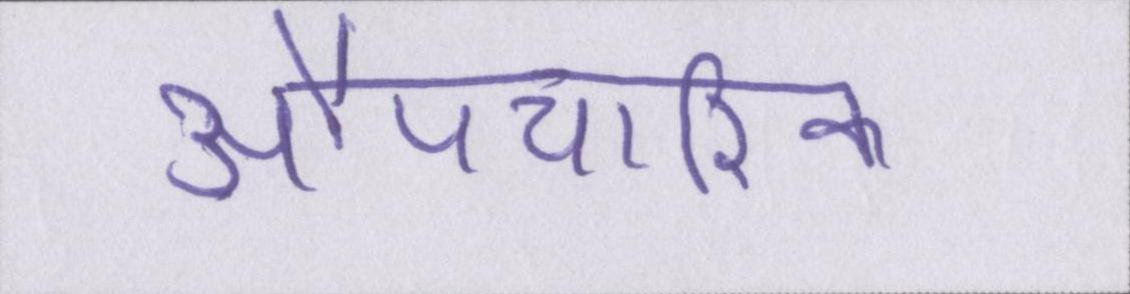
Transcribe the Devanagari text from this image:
औपचारिक